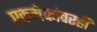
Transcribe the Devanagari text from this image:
एकमेकांवरही